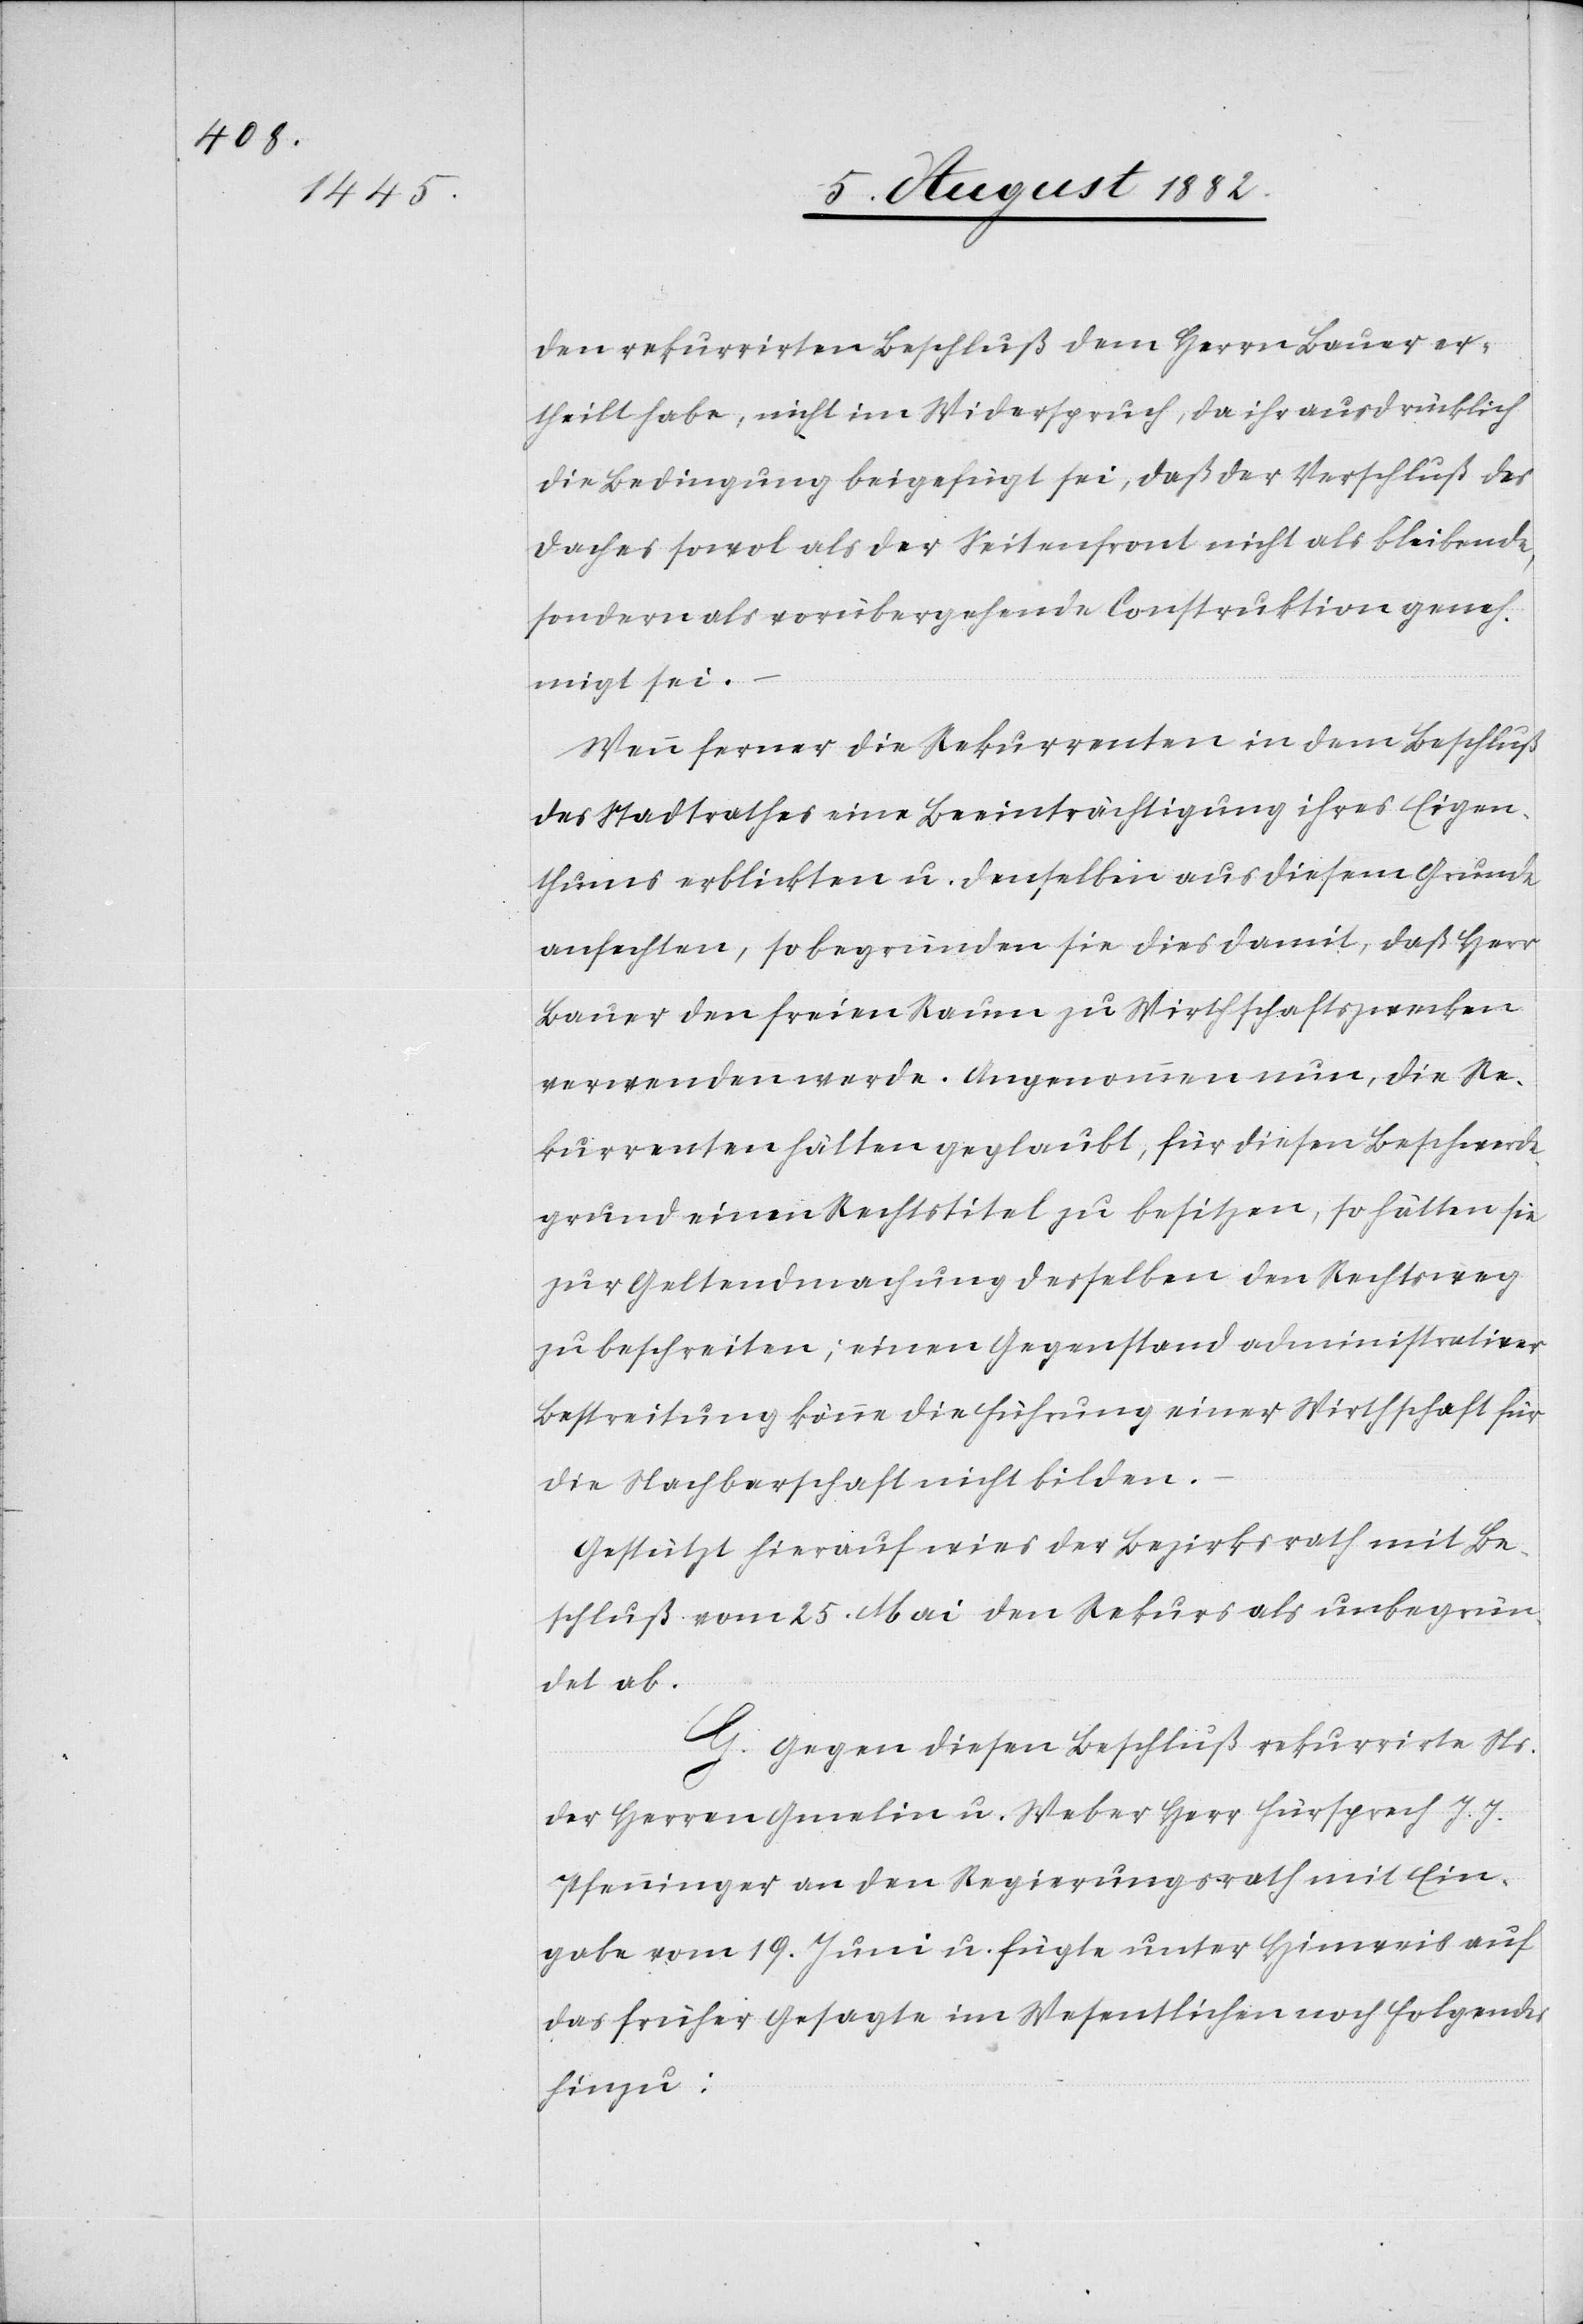
den rekurrirten Beschluß dem Herrn Bauer er¬
theilt habe, nicht in Widerspruch, da ihr ausdrücklich
die Bedingung beigefügt sei, daß der Verschluß des
Daches sowol als der Seitenfront nicht als bleibende,
sondern als vorübergehende Construktion geneh¬
migt sei.
Wenn ferner die Rekurrenten in dem Beschluß
des Stadtrathes eine Beeinträchtigung ihres Eigen¬
thums erblicken u. denselben aus diesem Grunde
anfechten, so begründen sie dies damit, daß Herr
Bauer den freien Raum zu Wirthschaftszwecken
verwenden werde. Angenommen nun, die Re¬
kurrenten hätten geglaubt, für diesen Beschwerde¬
grund einen Rechtstitel zu besitzen, so hätten sie
zur Geltendmachung desselben den Rechtsweg
zu beschreiten; einen Gegenstand administrativer
Bestreitung könne die Führung einer Wirthschaft für
die Nachbarschaft nicht bilden.
Gestützt hierauf wies der Bezirksrath mit Be¬
schluß vom 25. Mai den Rekurs als unbegrün¬
det ab.
G. Gegen diesen Beschluß rekurrirte Ns.
der Herren Gmelin u. Weber Herr Fürsprech J. J.
Pfenninger an den Regierungsrath mit Ein¬
gabe vom 19. Juni u. fügte unter Hinweis auf
das früher Gesagte im Wesentlichen noch Folgendes
hinzu: